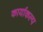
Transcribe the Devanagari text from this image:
कार्याकल्प